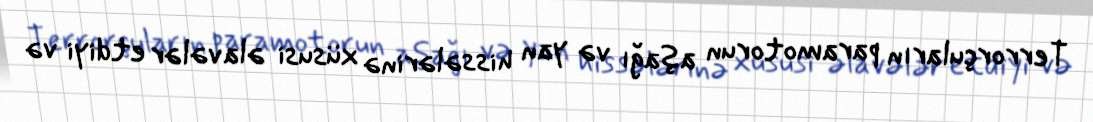
Terrorçuların paramotorun aşağı və yan hissələrinə xüsusi əlavələr etdiyi və